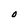
Character: O